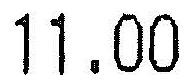
11.00